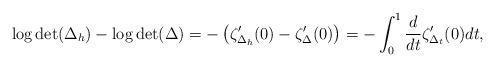
LaTeX: \begin{align*}\log\det(\Delta_h)-\log\det(\Delta)=-\left(\zeta_{\Delta_h}'(0)-\zeta_{\Delta}'(0)\right)=-\int_0^1\frac{d}{dt}\zeta_{\Delta_t}'(0)dt,\end{align*}